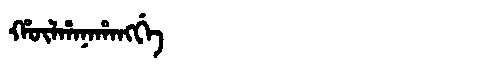
Manchu: ᡥᡡᠯᡥᠠᠨᠠᡥᠠᠩᡤᡝ
Romanization: HŪLHANAHANGGE